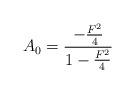
LaTeX: \begin{align*}A_0 = {- {F^2 \over 4} \over {1 - {F^2 \over 4}}}\end{align*}